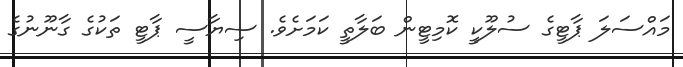
މައްސަލަ ޕާޓީގެ ސުލޫކީ ކޮމިޓީން ބަލާތީ ކަމަށެވެ. ސިޔާސީ ޕާޓީ ތަކުގެ ގާނޫނުގެ